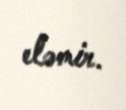
eləmir.